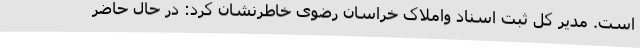
است. مدیر کل ثبت اسناد واملاک خراسان رضوی خاطرنشان کرد: در حال حاضر